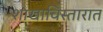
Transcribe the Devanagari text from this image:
शाखाविस्तारात